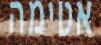
אטימה